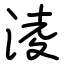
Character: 淩